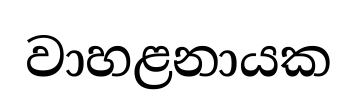
වාහළනායක